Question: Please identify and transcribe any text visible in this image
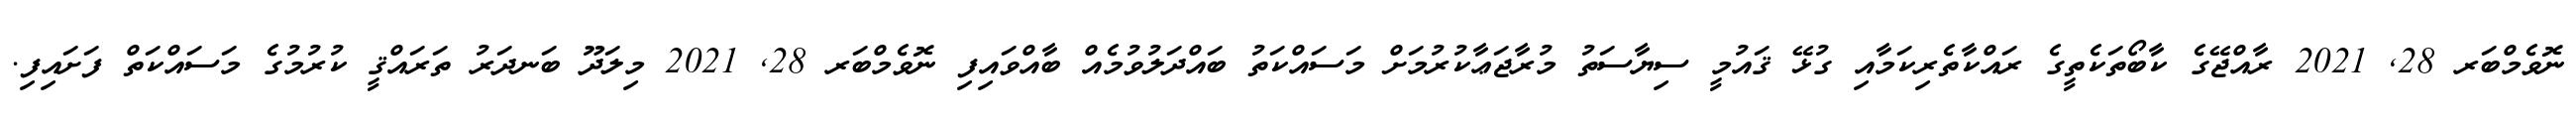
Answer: ނޮވެމްބަރ 28, 2021 ރާއްޖޭގެ ކާބޯތަކެތީގެ ރައްކާތެރިކަމާއި ގުޅޭ ޤައުމީ ސިޔާސަތު މުރާޖަޢާކުރުމަށް މަސައްކަތު ބައްދަލުވުމެއް ބާއްވައިފި ނޮވެމްބަރ 28, 2021 މިލަދޫ ބަނދަރު ތަރައްޤީ ކުރުމުގެ މަސައްކަތް ފަށައިފި.